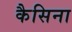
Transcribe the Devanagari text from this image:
कैसिना